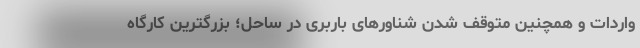
واردات و همچنین متوقف شدن شناورهای باربری در ساحل؛ بزرگترین کارگاه